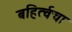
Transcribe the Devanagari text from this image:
बहिर्त्वचा